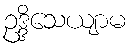
ဥဒ္ဒိသေယျာမ